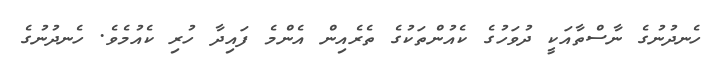
ހެނދުނުގެ ނާސްތާއަކީ ދުވަހުގެ ކެއުންތަކުގެ ތެރެއިން އެންމެ ފައިދާ ހުރި ކެއުމެވެ. ހެނދުނުގެ